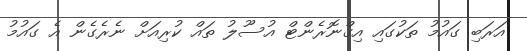
އަރަބި ގައުމު ތަކުގައި އިގްނޮރެންޓް އުސޫލު ތައް ކުރިއަށް ނެރެގެން އެ ގައުމު